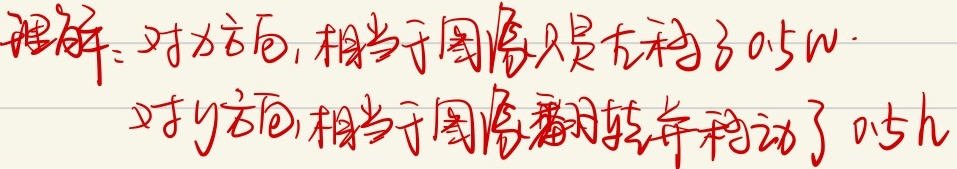
理解：对\(x\)方向，相当于图像只是左移了\(0.5W\)。对\(y\)方向，相当于图像翻转并移动了\(0.5h\)